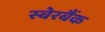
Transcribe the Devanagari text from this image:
स्बेरबैंक